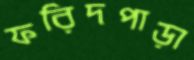
ফরিদপাড়া